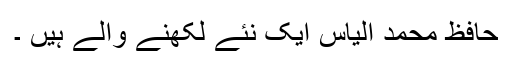
حافظ محمد الیاس ایک نئے لکھنے والے ہیں ۔